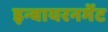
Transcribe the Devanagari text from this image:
इन्वायरनमेंट